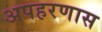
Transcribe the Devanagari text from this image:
अपहरणास